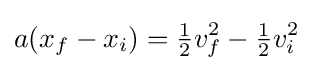
a(x_{f}-x_{i})={\tfrac {1}{2}}v_{f}^{2}-{\tfrac {1}{2}}v_{i}^{2}